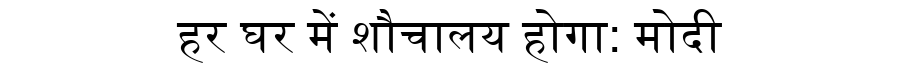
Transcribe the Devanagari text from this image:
हर घर में शौचालय होगा: मोदी